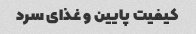
کیفیت پایین و غذای سرد